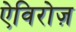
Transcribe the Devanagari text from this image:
ऐविरोज़